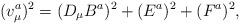
LaTeX: \begin{align*}(v_{\mu}^{a})^2=(D_{\mu}B^{a})^2+(E^{a})^2+(F^{a})^2,\end{align*}